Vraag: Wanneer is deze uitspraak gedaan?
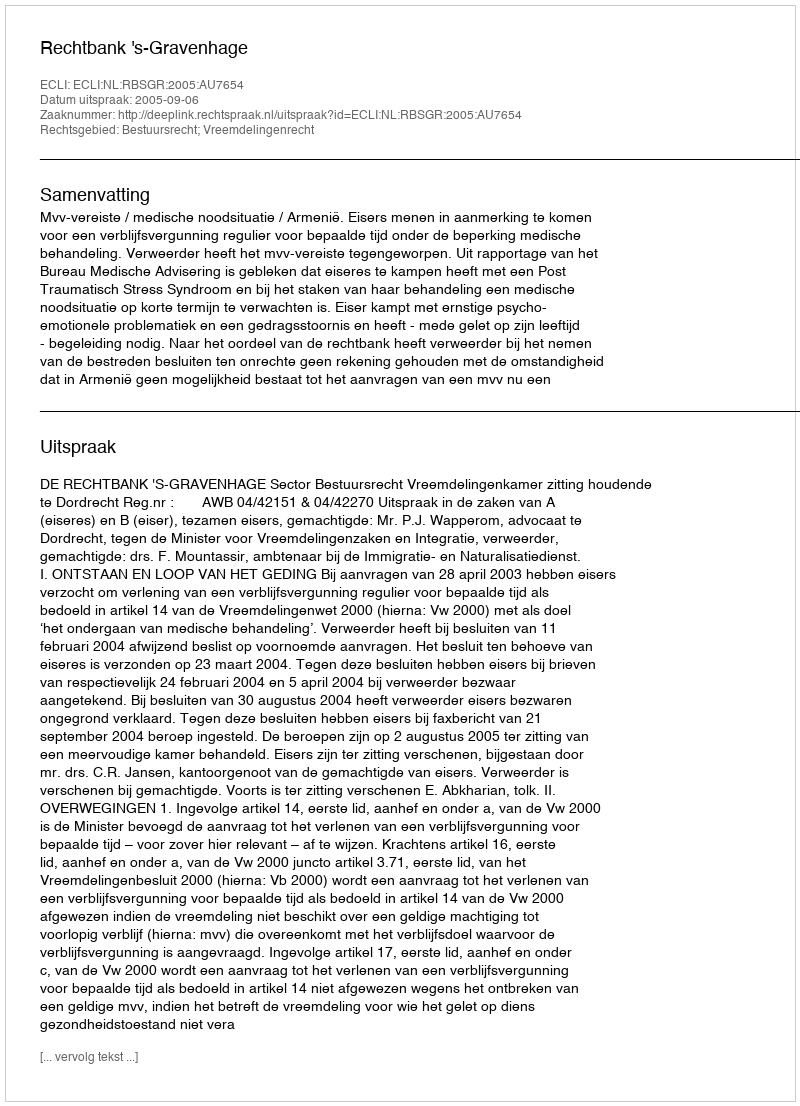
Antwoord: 2005-09-06